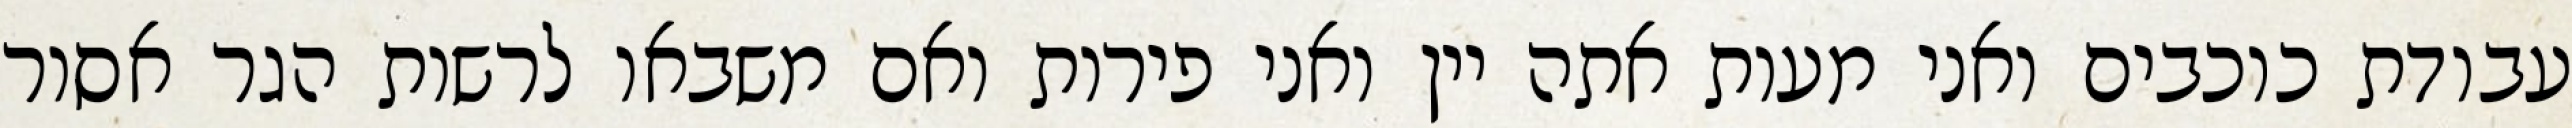
עבודת כוכבים ואני מעות אתה יין ואני פירות ואם משבאו לרשות הגר אסור